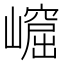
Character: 𡼿